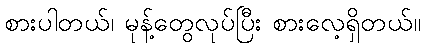
စားပါတယ်၊ မုန့်တွေလုပ်ပြီး စားလေ့ရှိတယ်။